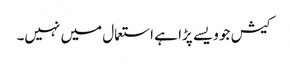
کیش جو ویسے پڑا ہے استعمال میں نہیں۔